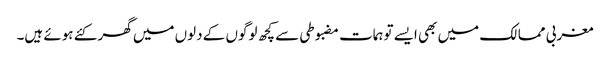
مغربی ممالک میں بھی ایسے توہمات مضبوطی سے کچھ لوگوں کے دلوں میں گھر کئے ہوئے ہیں۔